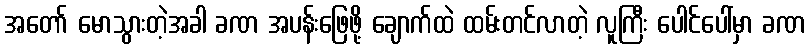
အတော် မောသွားတဲ့အခါ ခဏ အပန်းဖြေဖို့ ချောက်ထဲ ထမ်းတင်လာတဲ့ လူကြီး ပေါင်ပေါ်မှာ ခဏ